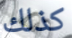
كذلك